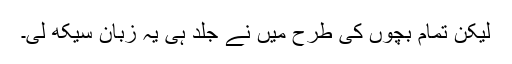
لیکن تمام بچوں کی طرح میں نے جلد ہی یہ زبان سیکھ لی۔